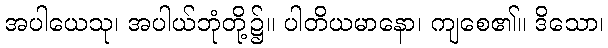
အပါယေသု၊ အပါယ်ဘုံတို့၌။ ပါတိယမာနော၊ ကျစေ၏။ ဒိသော၊